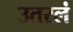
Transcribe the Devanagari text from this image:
उतरलं